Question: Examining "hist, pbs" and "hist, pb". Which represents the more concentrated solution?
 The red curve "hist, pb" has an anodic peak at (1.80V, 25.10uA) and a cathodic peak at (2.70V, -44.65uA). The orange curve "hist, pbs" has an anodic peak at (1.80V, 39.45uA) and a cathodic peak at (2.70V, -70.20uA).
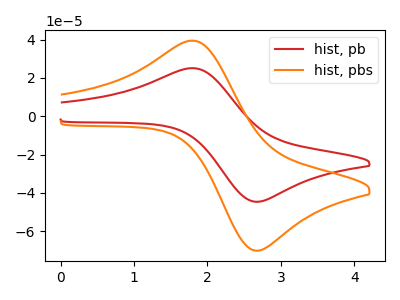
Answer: <think>All the peaks in "hist, pbs" have a peak in "hist, pb" at the same potential. Every peak in "hist, pbs" is higher than every peak in "hist, pb".
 </think>
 <answer>"hist, pbs" has more signal than "hist, pb" and so likely has a higher concentration.</answer>
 <eval>more_concentration</eval>